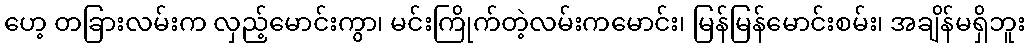
ဟေ့ တခြားလမ်းက လှည့်မောင်းကွာ၊ မင်းကြိုက်တဲ့လမ်းကမောင်း၊ မြန်မြန်မောင်းစမ်း၊ အချိန်မရှိဘူး